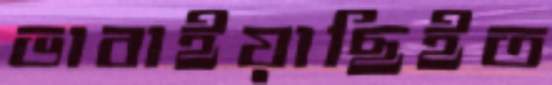
ভাবাইয়াছিইত